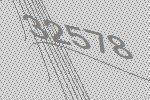
32578